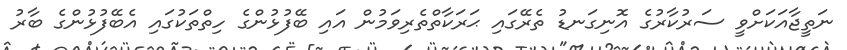
ނަތީޖާއަކަށްވީ ސަރުކާރުގެ އޮނިގަނޑު ތެރޭގައި ޙަރަކާތްތެރިވަމުން އައި ބޭފުޅުންގެ ހިތްތަކުގައި އެބޭފުޅުންގެ ބާރު